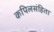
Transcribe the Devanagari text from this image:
कपिलसंहिता